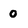
Character: o